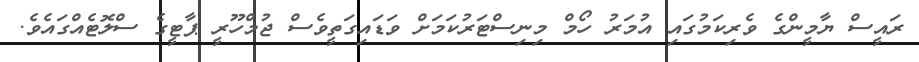
ރައީސް ޔާމީންގެ ވެރިކަމުގައި އުމަރު ހޯމް މިނިސްޓަރުކަމަށް ވަޑައިގަތީވެސް ޖުމްހޫރީ ޕާޓީގެ ސްލޮޓެއްގައެވެ.